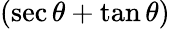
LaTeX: (\sec\theta+\tan\theta)